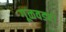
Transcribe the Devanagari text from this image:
गूळवड्या